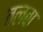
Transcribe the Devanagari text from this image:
तलबा